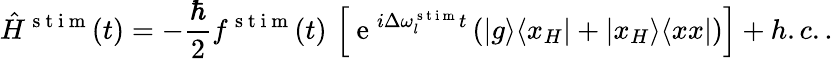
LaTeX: \hat{H}^{\mathrm{~s~t~i~m~}}(t)=-\frac{\hbar}{2}f^{\mathrm{~s~t~i~m~}}(t)\, \left[\mathrm{~e~}^{i\Delta\omega_{l}^{\mathrm{~s~t~i~m~}}t}\left(\vert g\rangle\langle x_{H}\vert+\vert x_{H}\rangle\langle xx\vert\right)\right]+h.c..